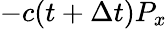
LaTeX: -c(t+\Delta t)P_{x}